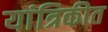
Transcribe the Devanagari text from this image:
यांत्रिकीत